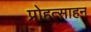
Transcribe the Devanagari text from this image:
प्रोहत्साहन